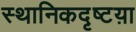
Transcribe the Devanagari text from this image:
स्थानिकदृष्टय़ा